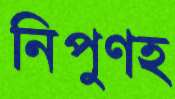
নিপুণহ